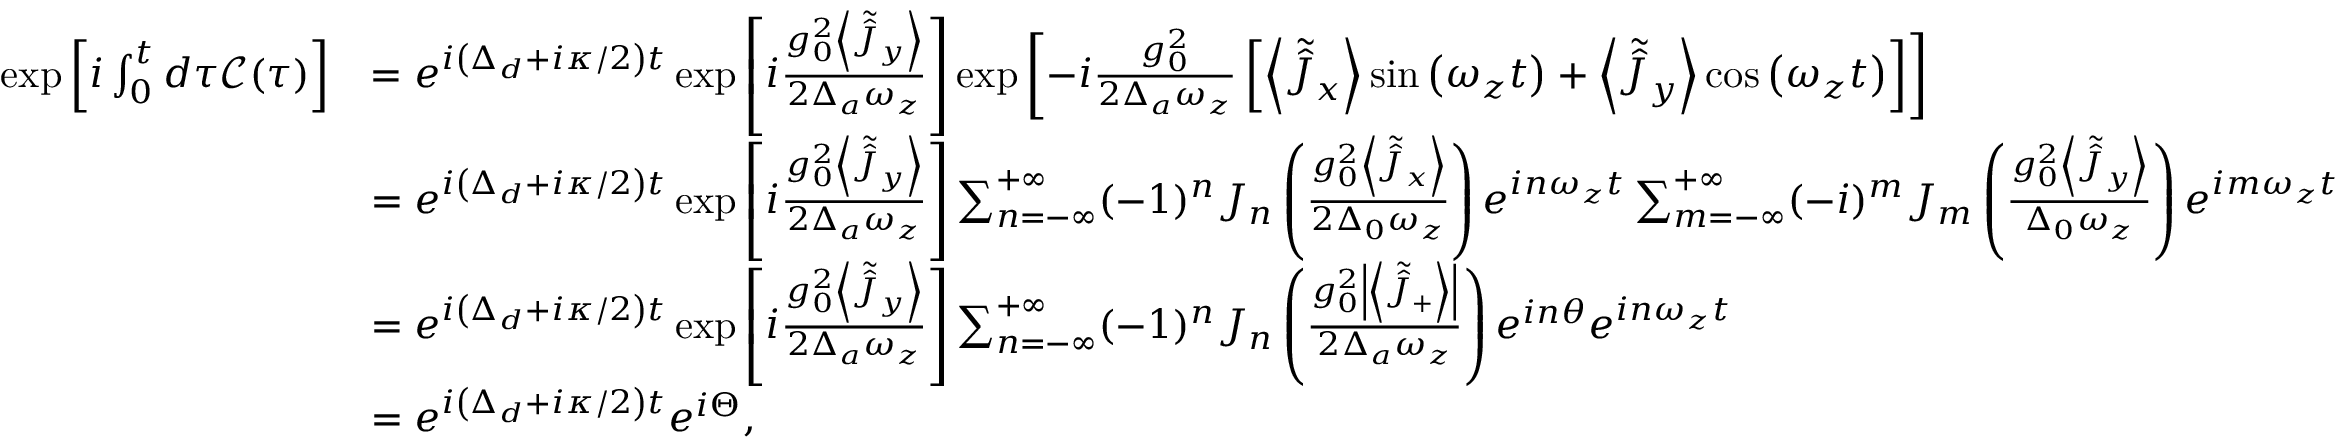
\begin{array} { r l } { \exp \left[ i \int _ { 0 } ^ { t } d \tau \mathcal { C } ( \tau ) \right] } & { = e ^ { i \left( \Delta _ { d } + i \kappa / 2 \right) t } \exp \left[ i \frac { g _ { 0 } ^ { 2 } \left\langle \tilde { \hat { J } } _ { y } \right\rangle } { 2 \Delta _ { a } \omega _ { z } } \right] \exp \left[ - i \frac { g _ { 0 } ^ { 2 } } { 2 \Delta _ { a } \omega _ { z } } \left[ \left\langle \tilde { \hat { J } } _ { x } \right\rangle \sin \left( \omega _ { z } t \right) + \left\langle \tilde { \hat { J } } _ { y } \right\rangle \cos \left( \omega _ { z } t \right) \right] \right] } \\ & { = e ^ { i \left( \Delta _ { d } + i \kappa / 2 \right) t } \exp \left[ i \frac { g _ { 0 } ^ { 2 } \left\langle \tilde { \hat { J } } _ { y } \right\rangle } { 2 \Delta _ { a } \omega _ { z } } \right] \sum _ { n = - \infty } ^ { + \infty } ( - 1 ) ^ { n } J _ { n } \left( \frac { g _ { 0 } ^ { 2 } \left\langle \tilde { \hat { J } } _ { x } \right\rangle } { 2 \Delta _ { 0 } \omega _ { z } } \right) e ^ { i n \omega _ { z } t } \sum _ { m = - \infty } ^ { + \infty } ( - i ) ^ { m } J _ { m } \left( \frac { g _ { 0 } ^ { 2 } \left\langle \tilde { \hat { J } } _ { y } \right\rangle } { \Delta _ { 0 } \omega _ { z } } \right) e ^ { i m \omega _ { z } t } } \\ & { = e ^ { i \left( \Delta _ { d } + i \kappa / 2 \right) t } \exp \left[ i \frac { g _ { 0 } ^ { 2 } \left\langle \tilde { \hat { J } } _ { y } \right\rangle } { 2 \Delta _ { a } \omega _ { z } } \right] \sum _ { n = - \infty } ^ { + \infty } ( - 1 ) ^ { n } J _ { n } \left( \frac { g _ { 0 } ^ { 2 } \left| \left\langle \tilde { \hat { J } } _ { + } \right\rangle \right| } { 2 \Delta _ { a } \omega _ { z } } \right) e ^ { i n \theta } e ^ { i n \omega _ { z } t } } \\ & { = e ^ { i \left( \Delta _ { d } + i \kappa / 2 \right) t } e ^ { i \Theta } , } \end{array}